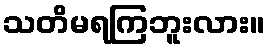
သတိမရကြဘူးလား။